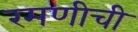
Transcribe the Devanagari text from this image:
रमणीची